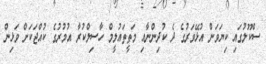
ސްކޫލުގައި ކިޔަވަން އުޅޭވަރުގެ ދެ ކުދިންނާއި މަތީތައުލީމް ހާސިލްކުރާ އުމުރުގެ ކުއްޖަކަށް ވަޅިން